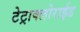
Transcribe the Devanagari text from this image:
टेट्राक्लोराईड